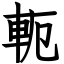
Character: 軛